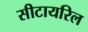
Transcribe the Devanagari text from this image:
सीटायरिल